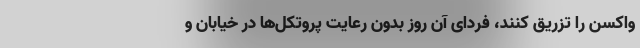
واکسن را تزریق کنند، فردای آن روز بدون رعایت پروتکل‌ها در خیابان و